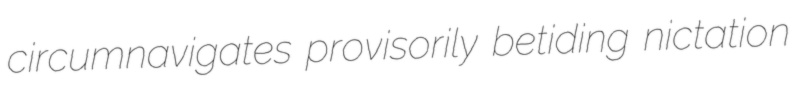
circumnavigates provisorily betiding nictation